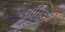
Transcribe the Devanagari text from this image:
ध्रमिक